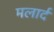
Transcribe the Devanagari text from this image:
मलार्द